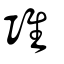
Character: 𨾊